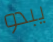
يبدو